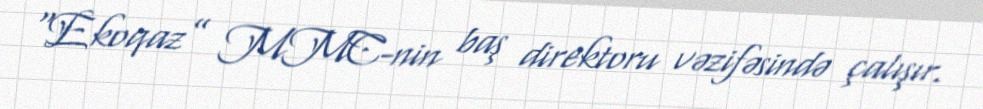
“Ekoqaz” MMC-nin baş direktoru vəzifəsində çalışır.